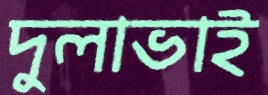
দুলাভাই